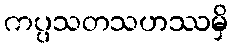
ကပ္ပသတသဟဿမှိ